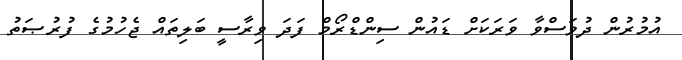
އުމުރުން ދުވަސްވާ ވަރަކަށް ޑައުން ސިންޑްރޯމް ފަދަ ވިރާސީ ބަލިތައް ޖެހުމުގެ ފުރުޞަތު